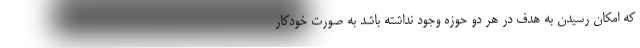
که امکان رسیدن به هدف در هر دو حوزه وجود نداشته باشد به صورت خودکار